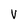
Character: v